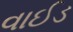
વાઈડ